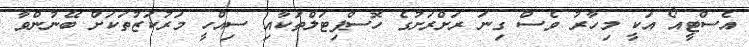
އެސްޓީއޯ އަކީ މިހާރު ވެސް ގިނަ ރަށްރަށުގެ ހޮސްޕިޓަލްތަކާއި ސިއްހީ މަރުކަޒުތަކަށް ބޭނުންވާ